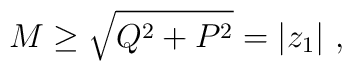
M\geq \sqrt {Q^2 + P^2}= |z_1|\ ,